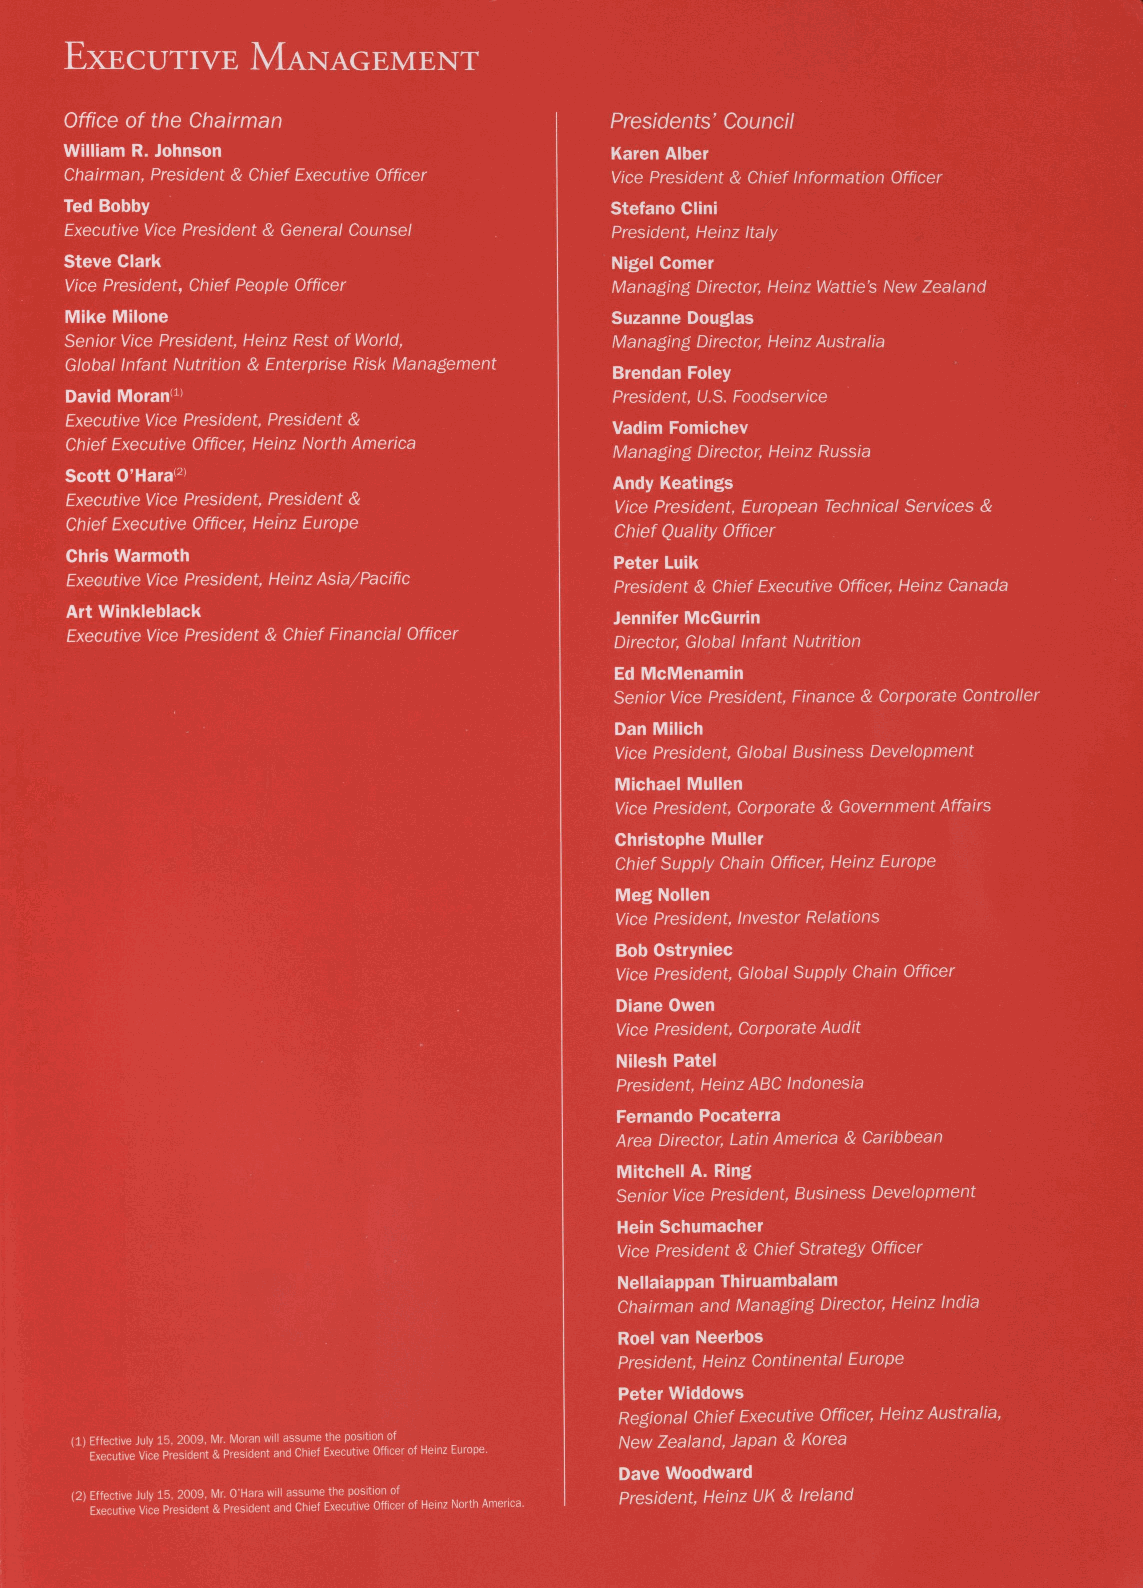
EXECUTIVE    MANAGEMENT
 Office of the Chairman              Presidents' Council
 William R. Johnson                   Karen Alber
 Chairman, President & Chief Executive Officer Vice President & Chief Information Officer
 Ted Bobby                           Stefano Clini
 President, Heinz Italy
 Executive Vice President & General Counsel
 Nigel Comer
 Steve Clark
 Managing Director; Heinz Wattie's New Zealand
 Vice President, Chief People Officer
 Suzanne Douglas
 Mike Milone                          Managing Director, Heinz Australia
 Senior Vice President, Heinz Rest of World,
 Global Infant Nutrition & Enterprise Risk Management Brendan Foley
 David Moran1}                        President, U.S. Foodservice
 Executive Vice President, President &
 Vadim Fomichev
 Chief Executive Officer, Heinz North America
 Managing Director; Heinz Russia
 Scott 0'Hara(2)
 Andy Keatings
 Executive Vice President, President &
 Vice President, European Technical Services &
 Chief Executive Officer; Heinz Europe
 Chief Quality Officer
 Chris Warmoth
 Peter Luik
 Executive Vice President, Heinz Asia/Pacific President & Chief Executive Officer, Heinz Canada
 Art Winkleblack                      Jennifer McGurrin
 Executive Vice President & Chief Financial Officer Director, Global Infant Nutrition
 Ed McMenamin
 Senior Vice President, Finance & Corporate Controller
 Dan Milich
 Vice President, Global Business Development
 Michael Mullen
 Vice President, Corporate & Government Affairs
 Christophe Muller
 Chief Supply Chain Officer; Heinz Europe
 Meg Nollen
 Vice President, Investor Relations
 Bob Ostryniec
 Vice President, Global Supply Chain Officer
 Diane Owen
 Vice President, Corporate Audit
 Nilesh Patel
 President, Heinz ABC Indonesia
 Fernando Pocaterra
 Area Director, Latin America & Caribbean
 Mitchell A. Ring
 Senior Vice President, Business Development
 Hein Schumacher
 Vice President & Chief Strategy Officer
 Nellaiappan Thiruambalam
 Chairman and Managing Director, Heinz India
 Roel van Neerbos
 President, Heinz Continental Europe
 Peter Widdows
 Regional Chief Executive Officer; Heinz Australia,
 (1) Effective July 15, 2009, Mr. Moran will assume the position of New Zealand, Japan & Korea
 Executive Vice President & President and Chief Executive Officer of Heinz Europe.
 Dave Woodward
 (2) Effective July 15, 2009, Mr. O'Hara will assume the position of President, Heinz UK & Ireland
 Executive Vice President & President and Chief Executive Officer of Heinz North America.